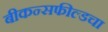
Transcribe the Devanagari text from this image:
बीकन्सफील्डचा